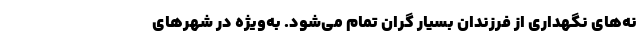
نه‌های نگهداری از فرزندان بسیار گران تمام می‌شود. به‌ویژه در شهرهای